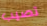
تصيب